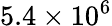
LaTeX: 5.4\times 10^{6}